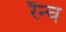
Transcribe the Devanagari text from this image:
रैन्च